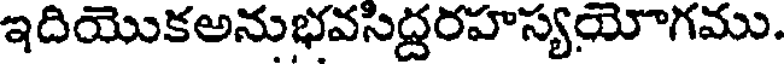
ఇదియొకఅనుభవసిద్దరహస్యయోగము.